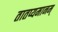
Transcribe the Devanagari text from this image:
तातप्यमानम्